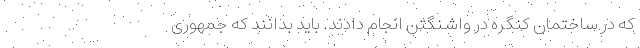
که در ساختمان کنگره در واشنگتن انجام دادند. باید بدانند که جمهوری